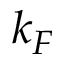
k _ { F }